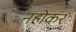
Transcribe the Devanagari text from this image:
नहोकर